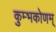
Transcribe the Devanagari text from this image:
कुम्भकोणम्